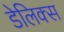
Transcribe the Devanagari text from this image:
डेलिक्स